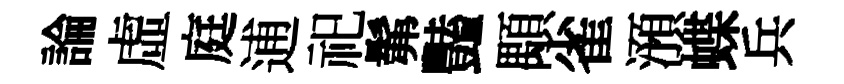
論虛庭逋祀髴豔顒雀澦蝶兵